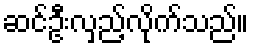
ဆင်ဦးလှည့်လိုက်သည်။